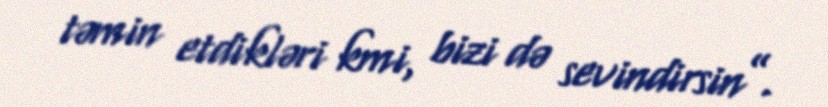
təmin etdikləri kmi, bizi də sevindirsin”.